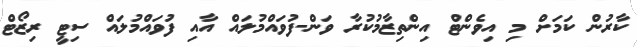
ކާރުން ކަމަށް މި އިވެންޓް އިންތިޒާމުކުރާ ވަން-ފުވައްމުލައް އާއި ފުވައްމުލައް ސިޓީ ރިޒޯޓް